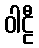
ဝါဠီ